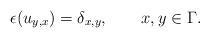
LaTeX: \begin{align*}\epsilon(u_{y,x})=\delta_{x,y},\qquad{x},y\in \Gamma.\end{align*}